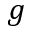
g